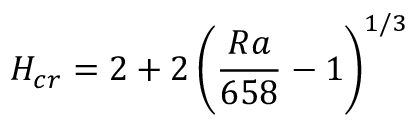
H _ { c r } = 2 + 2 \left( \frac { R a } { 6 5 8 } - 1 \right) ^ { 1 / 3 }